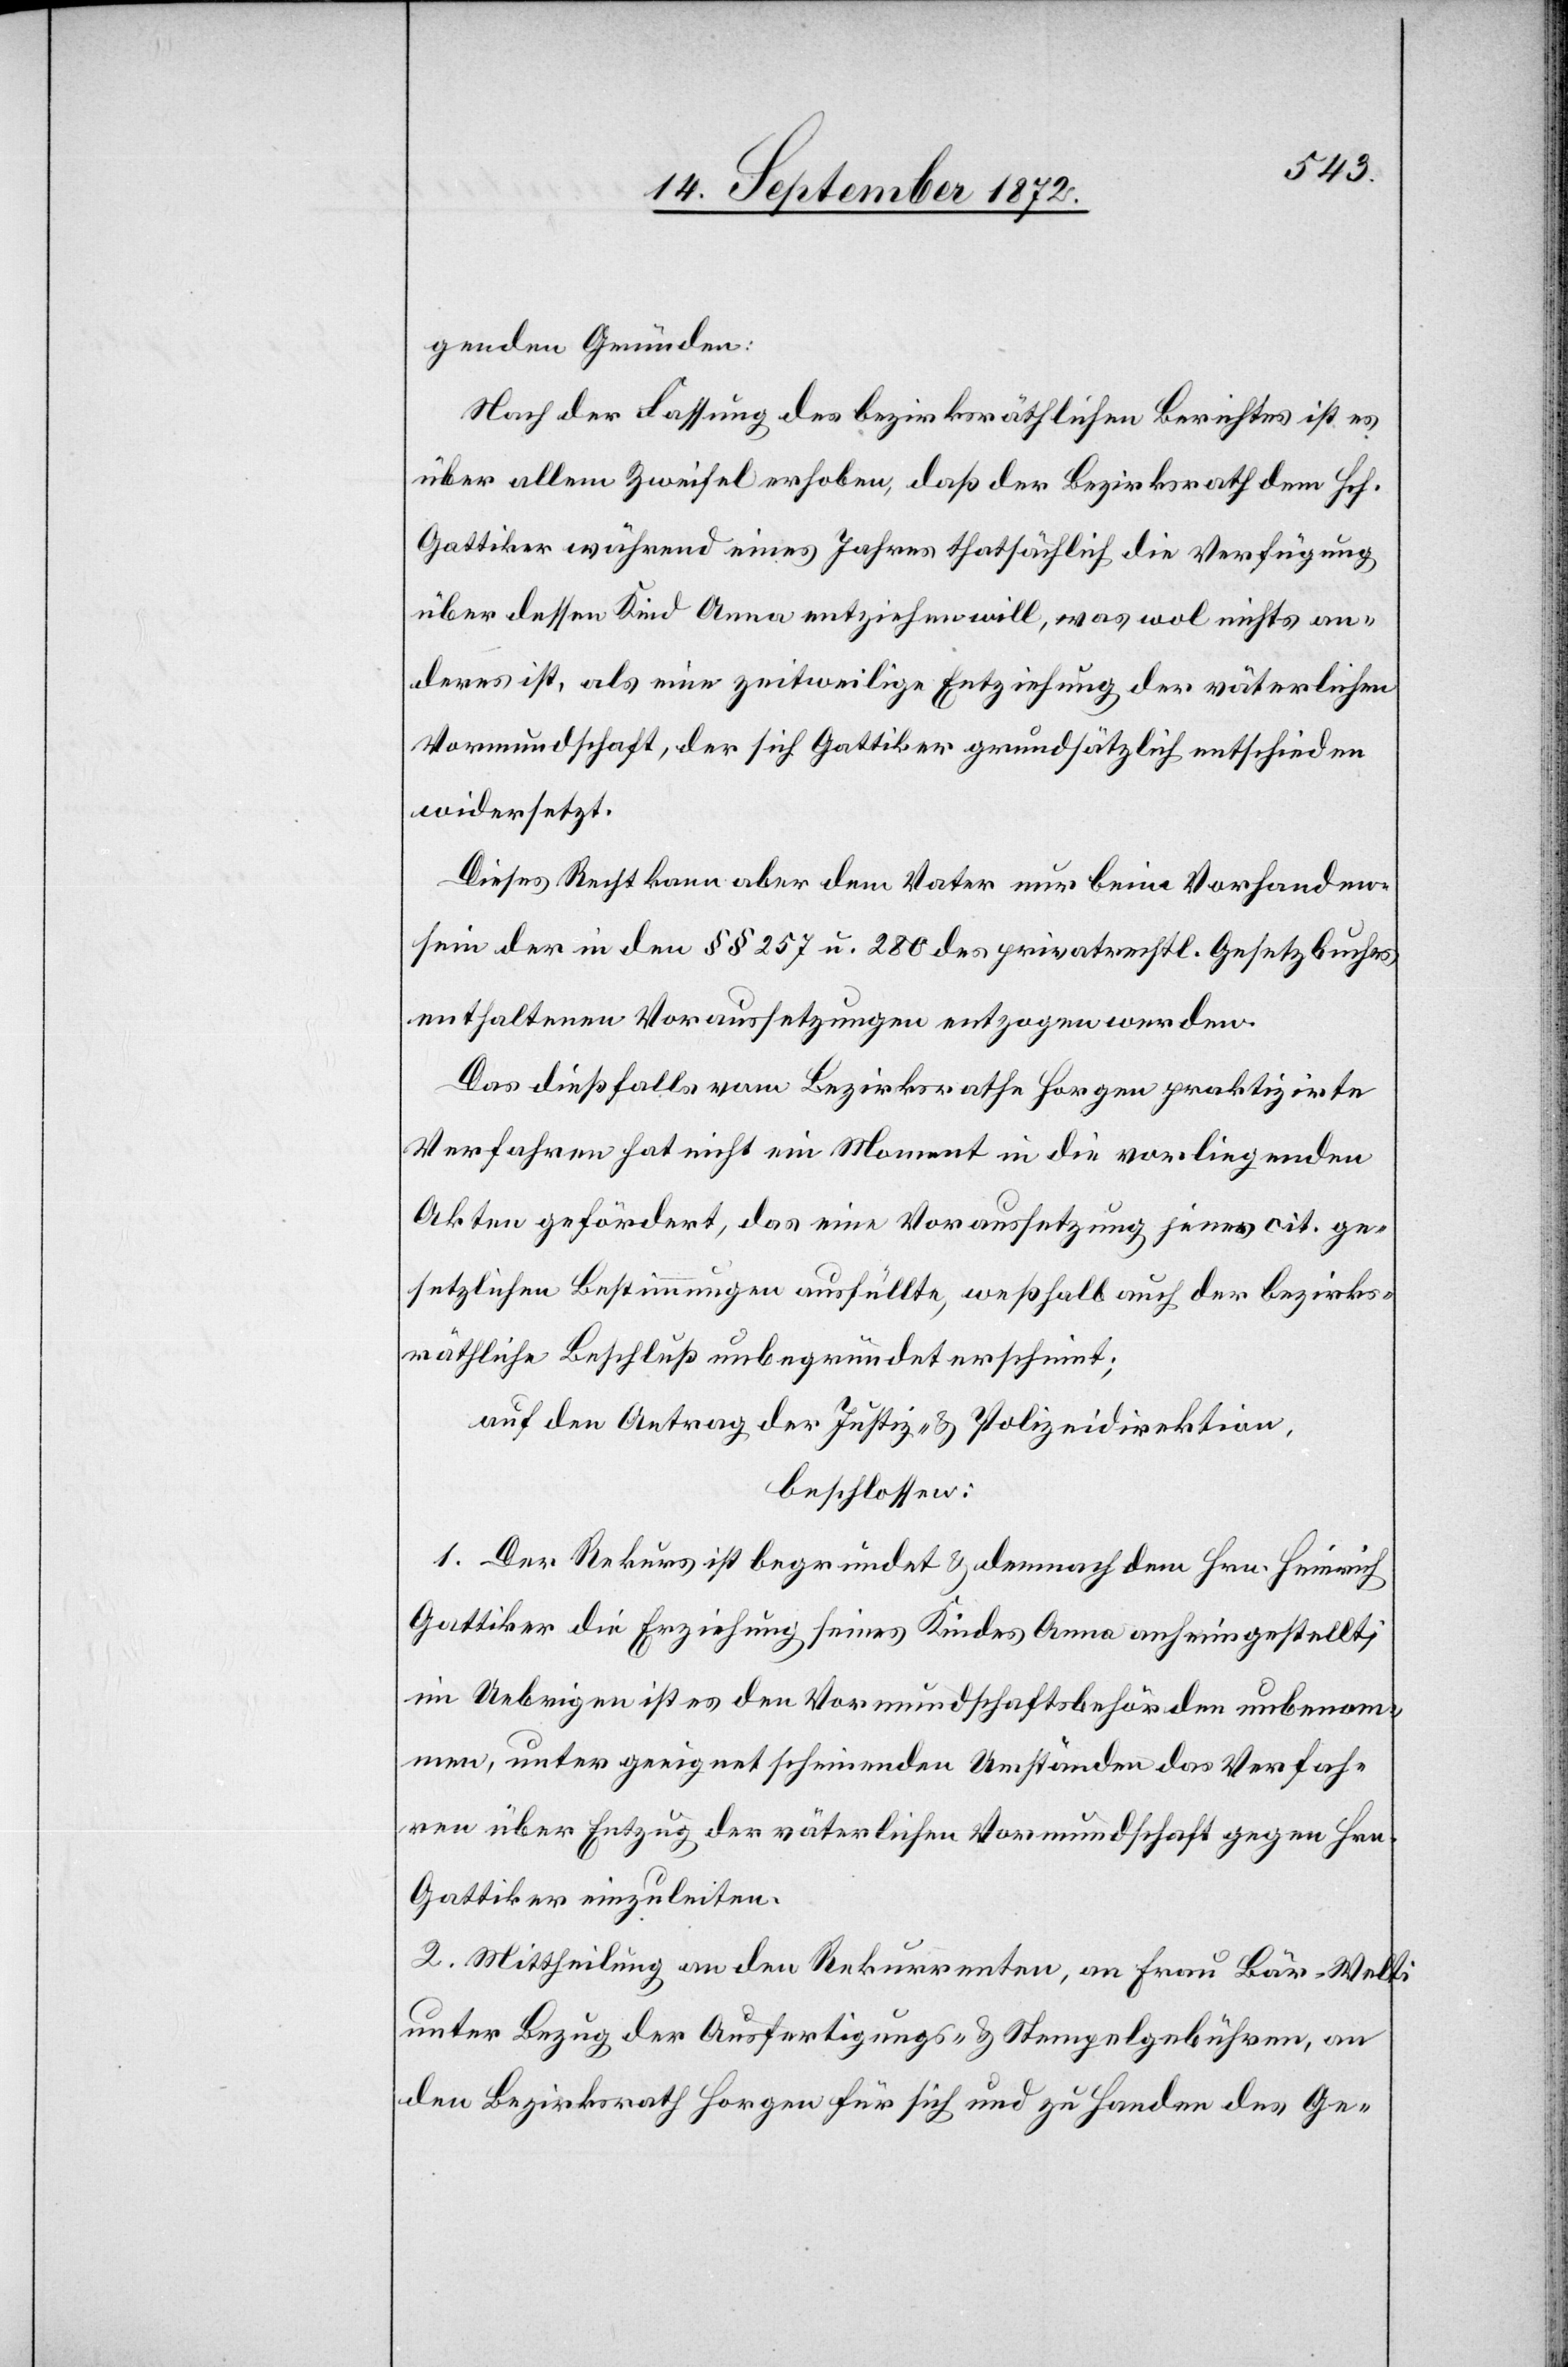
genden Gründen:
Nach der Fassung des bezirksräthlichen Berichtes ist es
über allem Zweifel erhoben, daß der Bezirksrath dem Hch.
Gattiker während eines Jahres thatsächlich die Verfügung
über dessen Kind Anna entziehen will, was wol nichts an¬
deres ist, als eine zeitweilige Entziehung der väterlichen
Vormundschaft, der sich Gattiker grundsätzlich entschieden
widersetzt.
Dieses Recht kann aber dem Vater nur beim Vorhanden¬
sein der in den §§ 257 u. 280 des privatrechl. Gesetzbuches
enthaltenen Voraussetzungen entzogen werden.
Das dießfalls vom Bezirksrathe Horgen praktizirte
Verfahren hat nicht ein Moment in die vorliegenden
Akten gefördert, das eine Voraussetzung jenes cit. ge¬
setzlichen Bestimmungen ausfüllte, weßhalb auch der bezirks¬
räthliche Beschluß unbegründet erscheint;
auf den Antrag der Justiz- u. Polizeidirektion,
beschlossen:
1. Der Rekurs ist begründet u. demnach dem Hrn. Heinrich
Gattiker die Erziehung seines Kindes Anna anheimgestellt,
im Uebrigen ist es den Vormundschaftsbehörden unbenom¬
men, unter geeignet scheinenden Umständen das Verfah¬
ren über Entzug der väterlichen Vormundschaft gegen Hrn.
Gattiker einzuleiten.
2. Mittheilung an den Rekurrenten, an Frau Bär-Welti
unter Bezug der Ausfertigungs- u. Stempelgebühren, an
den Bezirksrath Horgen für sich und zu Handen des Ge-